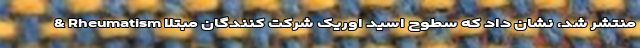
& Rheumatism منتشر شد، نشان داد که سطوح اسید اوریک شرکت کنندگان مبتلا